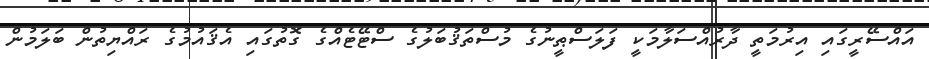
އައްސޭރީގައި އިރުމަތީ ދާރުއްސަލާމަކީ ފަލަސްޠީނުގެ މުސްތަޤުބަލުގެ ސްޓޭޓެއްގެ ގޮތުގައި އެޤައުމުގެ ރައްޔިތުން ބަލަމުން